Leprosy in India: report of the Leprosy Commission in India, 1890-91
Year: 1890
Disease focus: Leprosy
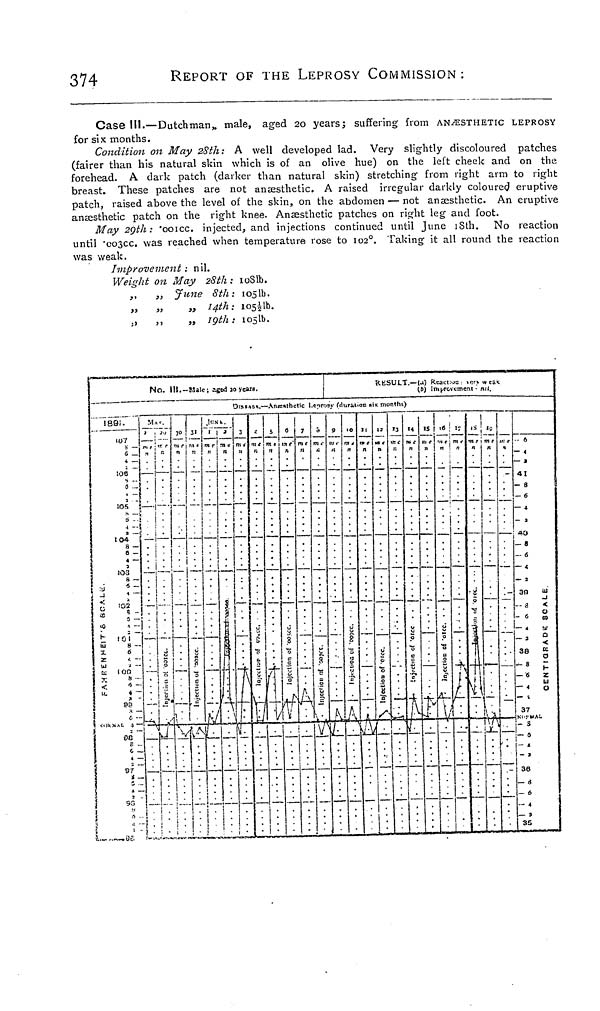
374
REPORT OF THE LEPROSY COMMISSION :
Case III.—Dutchman, male, aged 20 years; suffering from ANÆSTHETIC LEPROSY
for six months.
Condition on May 28th: A well developed lad. Very slightly discoloured patches
(fairer than his natural skin which is of an olive hue) on the left cheek and on the
forehead. A dark patch (darker than natural skin) stretching from right arm to light
breast. These patches are not anæsthetic. A raised irregular darkly coloured eruptive
patch, raised above the level of the skin, on the abdomen — not anæsthetic. An eruptive
anæsthetic patch on the right knee. Anæsthetic patches on right leg and foot.
May 29th: '001cc. injected, and injections continued until June 18th. No reaction
until ' CO3CC. was reached when temperature rose to 102 o . Taking it all round the reaction
was weak.
Improvement : nil.
Weight on May 28th : 108lb.
,,
„ June 8th: 105lb.
„
„
„ 14th: 1051/2lb.
,,
,,
,,
19th : 105lb.